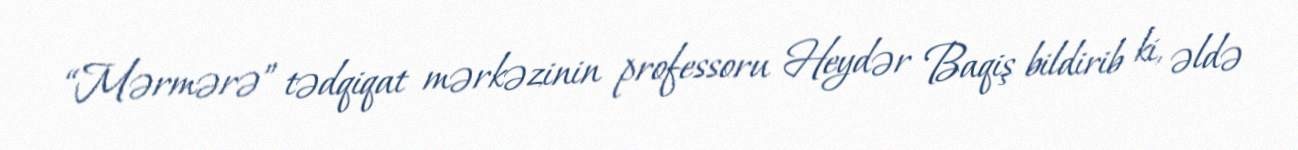
“Mərmərə” tədqiqat mərkəzinin professoru Heydər Baqiş bildirib ki, əldə